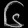
Digit: ၆